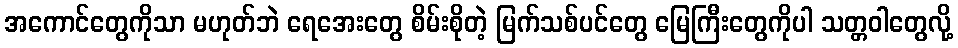
အကောင်တွေကိုသာ မဟုတ်ဘဲ ရေအေးတွေ စိမ်းစိုတဲ့ မြက်သစ်ပင်တွေ မြေကြီးတွေကိုပါ သတ္တဝါတွေလို့